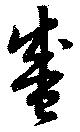
盛